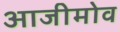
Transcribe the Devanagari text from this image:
आजीमोव